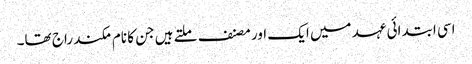
اسی ابتدائی عہد میں ایک اور مصنف ملتے ہیں جن کا نام مکند راج تھا۔